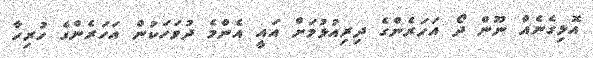
އޮޅިގެނެއް ނޫން ދޯ އަހަރެންގެ ދިރިއުޅުމަށް އައީ އެންމެ ދުވަހަކުން އަހަރެންގެ ހުރިހާ